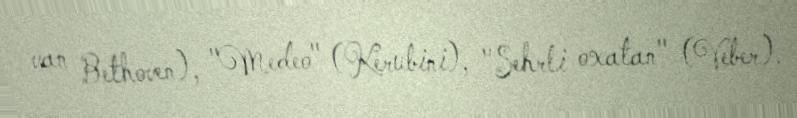
van Bethoven), "Medeo" (Kerubini), "Sehrli oxatan" (Veber).